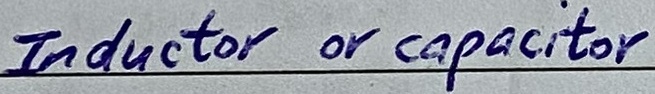
Text: Inductor or capacitor